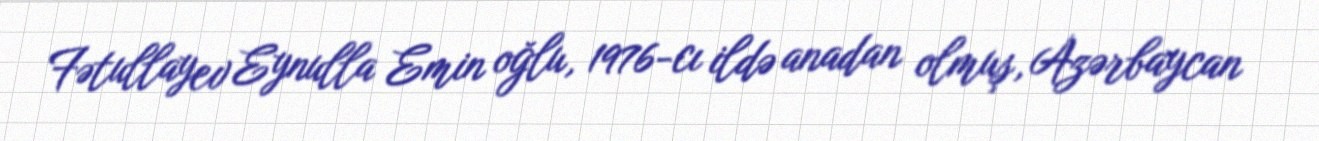
Fətullayev Eynulla Emin oğlu, 1976-cı ildə anadan olmuş, Azərbaycan